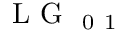
\mathrm { ~ L ~ G ~ } _ { \mathrm { ~ 0 ~ 1 ~ } }